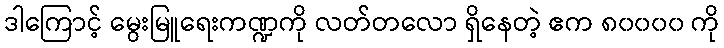
ဒါကြောင့် မွေးမြူရေးကဏ္ဍကို လတ်တလော ရှိနေတဲ့ ဧက ၈၀၀၀၀ ကို